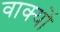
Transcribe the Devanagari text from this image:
वाक्‍यों